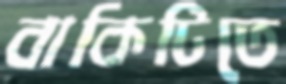
বাকিটিতে